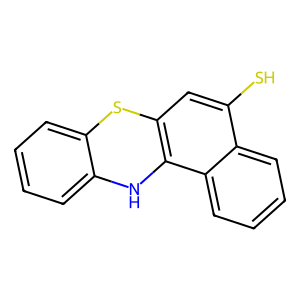
SMILES: Sc1cc2c(c3ccccc13)Nc1ccccc1S2
Inhibits HIV replication: No